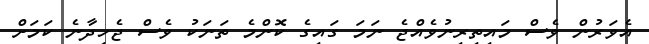
އެވަރުން ވެސް މައިތިރިނުވެއްޖެ ނަމަ ގައިގެ ކޮންމެ ތަނަކު ވެސް ޖެހިދާނެ ކަމަށް